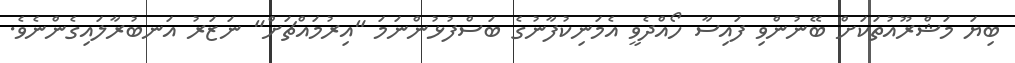
ބިޔަ މަޝްރޫއުތަކަށް ބޭނުންވި ފައިސާ ހޯއްދެވީ އެމަނިކުފާނުގެ ބަސްފުޅުންނަމަ "އިރުމައްޗަށް" ނަޒަރު އަނބުރާލައިގެންނެވެ.